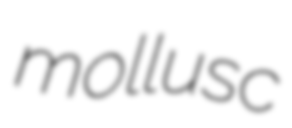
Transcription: mollusc